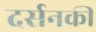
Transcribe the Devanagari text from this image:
दर्सनकी